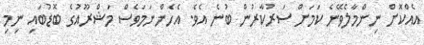
އެއްކޮށް ނިންމާލެވޭނެ ކަމަށް ސަރުކާރުން ބުނެ އެވެ. އެހެންނަމަވެސް މަޝްރޫއުގެ ބޮޑުބައި ނިމި